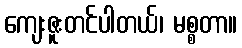
ကျေးဇူးတင်ပါတယ်၊ မစ္စတာ။